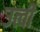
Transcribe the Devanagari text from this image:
उत्वी